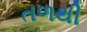
તળથી